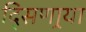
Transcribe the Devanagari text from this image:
दि्सणार्‍या